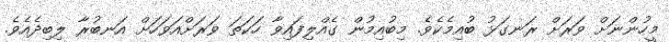
މީހުންނަށް ވަރަށް ރަނގަޅު ބުއިމެކެވެ. މިބުއިމުން ގެއްލިފައިވާ ހަކަތަ ވަރަށްއަވަހަށް އަނބުރާ ލިބިދެއެވެ.